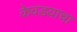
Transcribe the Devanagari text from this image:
केवडय़ाचा